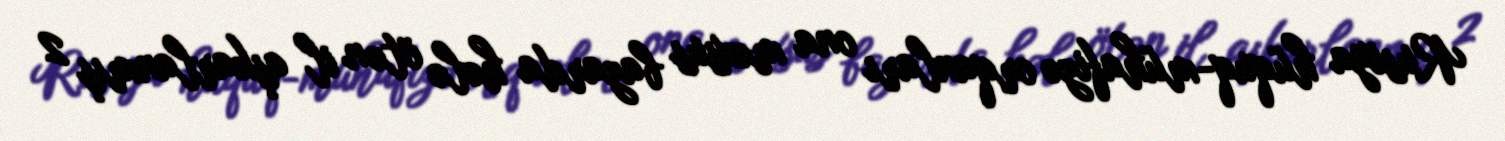
Rusiya hüquq-mühafizə orqanları ona məxsus bazarda hələ ötən il aşkarlanmış 2